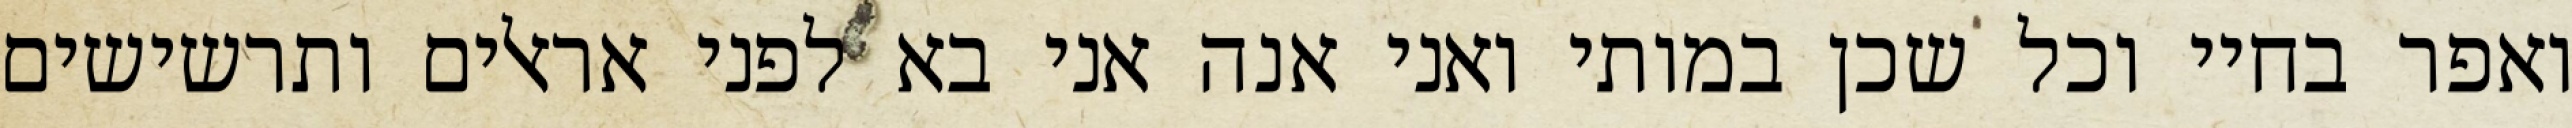
ואפר בחיי וכל שכן במותי ואני אנה אני בא לפני אראלים ותרשישים